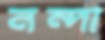
নন্দা